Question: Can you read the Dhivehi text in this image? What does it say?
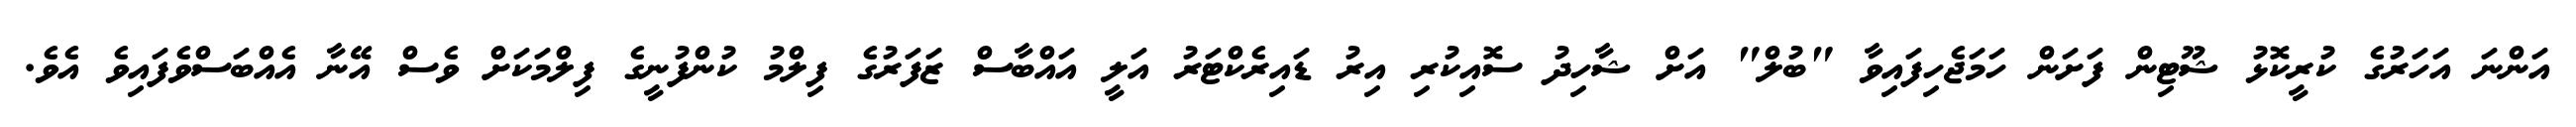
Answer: އަންނަ އަހަރުގެ ކުރީކޮޅު ޝޫޓިން ފަށަން ހަމަޖެހިފައިވާ "ބުލް" އަށް ޝާހިދު ސޮއިކުރި އިރު ޑައިރެކްޓަރު އަލީ އައްބާސް ޒަފަރުގެ ފިލްމު ކުންފުނީގެ ފިލްމަކަށް ވެސް އޭނާ އެއްބަސްވެފައިވެ އެވެ.